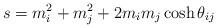
LaTeX: \begin{align*}s=m_{i}^{2}+m_{j}^{2}+2m_{i}m_{j}\cosh \theta _{ij} \end{align*}